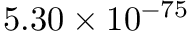
5 . 3 0 \times 1 0 ^ { - 7 5 }